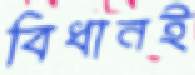
বিধানই